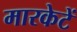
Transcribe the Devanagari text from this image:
मारकेटें